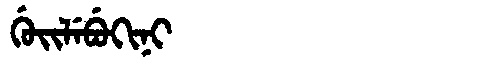
Manchu: ᡤᡠᡳᠯᡝᠪᡠᡴᡳᠨᡳ
Romanization: GUILEBUKINI